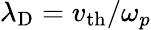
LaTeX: \lambda_{\mathrm{D}}=v_{\mathrm{th}}/\omega_{p}